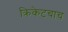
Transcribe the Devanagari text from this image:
क्रिकेटचाच